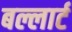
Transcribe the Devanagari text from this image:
बल्लार्ट